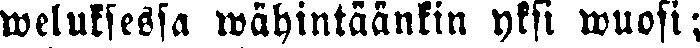
weluksessa wähintäänkin yksi wuosi;